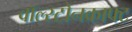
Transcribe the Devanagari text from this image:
वॉल्स्टोनक्राफ्ट